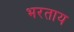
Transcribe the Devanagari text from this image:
भरताय